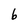
Character: 6